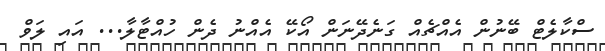
ސްކާލެޓް ބޭނުން އެއްޗެއް ގަނެދޭނަން އޯކޭ އެއްނު ދެން ހުއްޓާލާ... އައި ލަވް